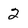
Character: 2